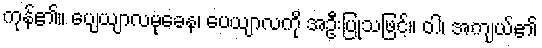
ကုန်၏။ ပျေယျာလမုခေန၊ ပေယျာလကို အဦးပြုသဖြင့်။ ဝါ၊ အကျယ်၏